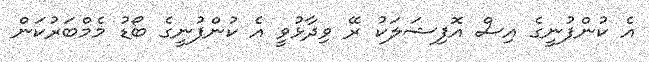
އެ ކުންފުނީގެ އިސް އޮފިޝަލަކު ރޭ ވިދާޅުވީ އެ ކުންފުނީގެ ބޯޑު މެމްބަރުކަން